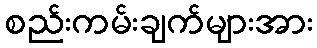
စည်းကမ်းချက်များအား